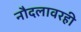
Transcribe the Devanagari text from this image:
नौदलावरही